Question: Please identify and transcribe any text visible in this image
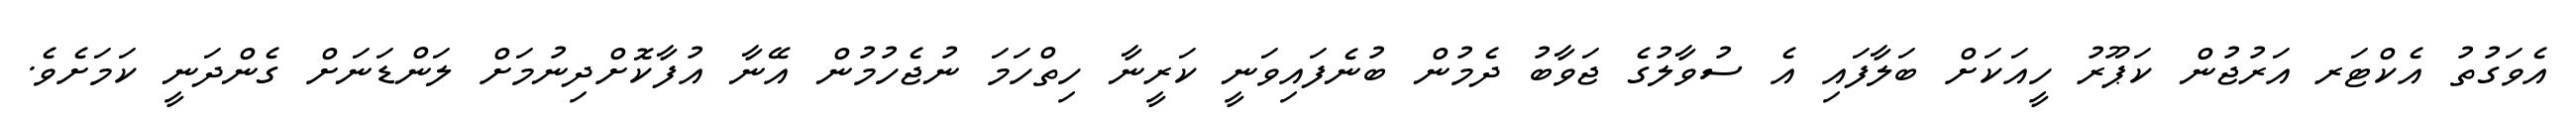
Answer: އެވަގުތު އެކްޓަރ އަރުޖުން ކަޕޫރު ހީއަކަށް ބަލާފައި އެ ސުވާލުގެ ޖަވާބު ދެމުން ބުނެފައިވަނީ ކަރީނާ ހިތްހަމަ ނުޖެހުމުން އޭނާ އުފާކޮށްދިނުމަށް ލަންޑަނަށް ގެންދަނީ ކަމަށެވެ.